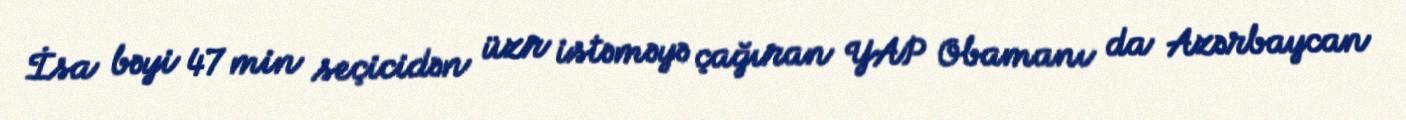
İsa bəyi 47 min seçicidən üzr istəməyə çağıran YAP Obamanı da Azərbaycan